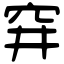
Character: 穽